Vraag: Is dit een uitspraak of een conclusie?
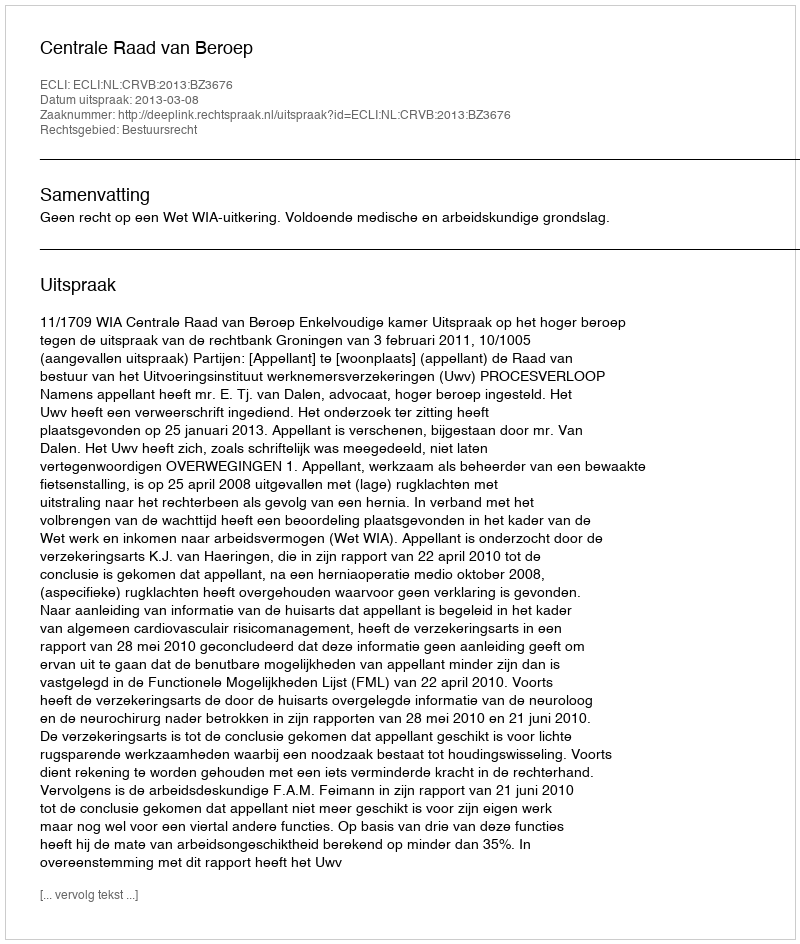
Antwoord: Uitspraak